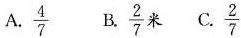
A. \frac{4}{7} B \frac{2}{7} 米 C. \frac{2}{7}